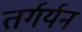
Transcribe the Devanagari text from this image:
तर्गर्यन